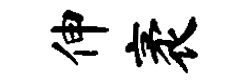
伸袤